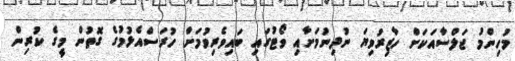
މުހިންމު ޖަލްސާއަކަށް ހާޒިރުވިޔަ ނުދިނުމަށާއި ވޯޓުގައި ބައިވެރިވުމަށް ހުރަސްއެޅުމުގެ ގޮތުން މީގެ ކުރިން